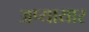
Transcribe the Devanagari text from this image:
अप्यायार